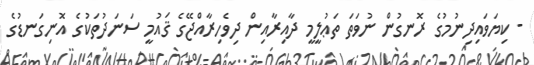
- ކިޔަވައިދިނުމުގެ ރޮނގުން ނުވަތަ ތަޢުލީމީ ދާއިރާއިން ދިވެހިރާއްޖޭގެ ޤައުމީ ސަނަދުތަކުގެ އޮނިގަނޑުގެ